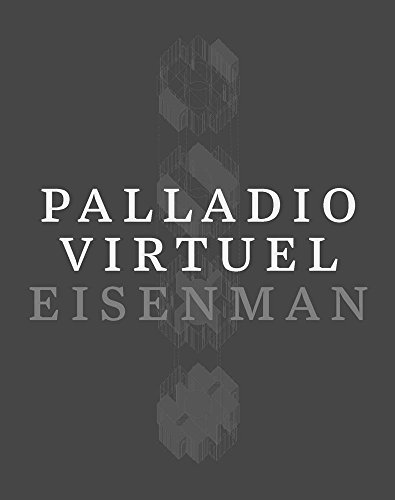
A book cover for Palladio Virtuel; Peter Eisenman; Arts & Photography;